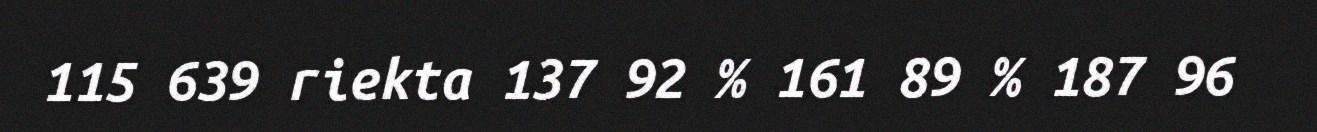
115 639 riekta 137 92 % 161 89 % 187 96